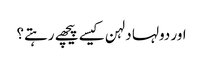
اور دولہا دلہن کیسے پیچھے رہتے؟